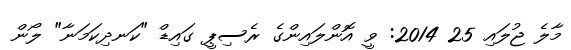
މާލެ ޖުލައި 25 2014: ވީ އޮންލައިންގެ ރެސިޕީ ގައިޑް "ކަނދިކަމަނާ" ލޯން